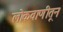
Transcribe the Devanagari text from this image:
लोकवाणीतून